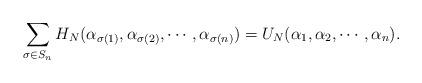
LaTeX: \begin{align*}\sum\limits_{\sigma \in S_{n}}{H_{N}(\alpha_{\sigma(1)}, \alpha_{\sigma(2)}, \cdots, \alpha_{\sigma(n)})} = U_{N}(\alpha_1,\alpha_2,\cdots,\alpha_n).\end{align*}